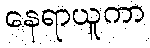
နေရာယူကာ